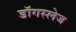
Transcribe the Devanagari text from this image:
डॉगस्लेज